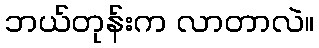
ဘယ်တုန်းက လာတာလဲ။